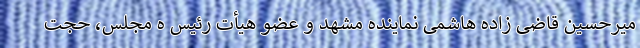
میرحسین قاضی زاده هاشمی نماینده مشهد و عضو هیأت رئیس ه مجلس، حجت